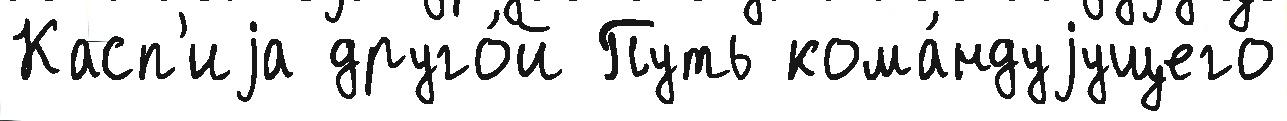
Касп'иjа друго́й Путь кома́ндуjущего